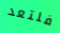
فلتعد